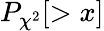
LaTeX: P_{\chi^{2}}[>x]